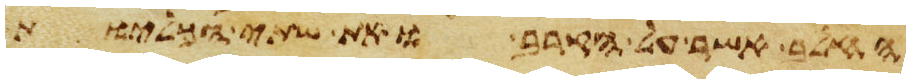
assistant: החלב אשר על הקרב ואת שתי הכליות